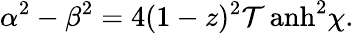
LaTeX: \alpha^{2}-\beta^{2}=4(1-z)^{2}\operatorname{\mathcal{T}anh}^{2}\chi.